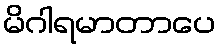
မိဂါရမာတာပေ